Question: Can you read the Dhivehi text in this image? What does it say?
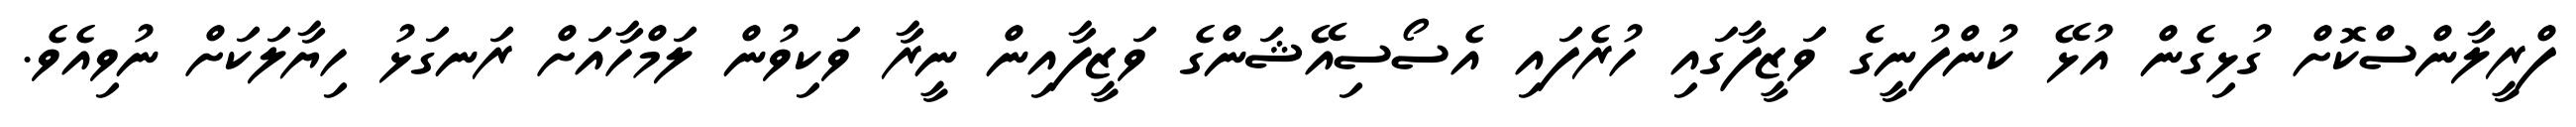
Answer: ފްރީލާންސްކޮށް ގުޅިގެން އުޅޭ ކުންފުނީގެ ވަޒީފާގައި ހުރެފައި އެސޯސިއޭޝަންގެ ވަޒީފާއިން ނީރާ ވަކިވުން ލަމްހާއަށް ރަނގަޅު ހިޔާލަކަށް ނުވިއެވެ.